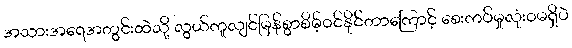
အသားအရေအတွင်းထဲသို့ လွယ်ကူလျင်မြန်စွာစိမ့်ဝင်နိုင်တာကြောင့် စေးကပ်မှုလုံးဝမရှိပဲ